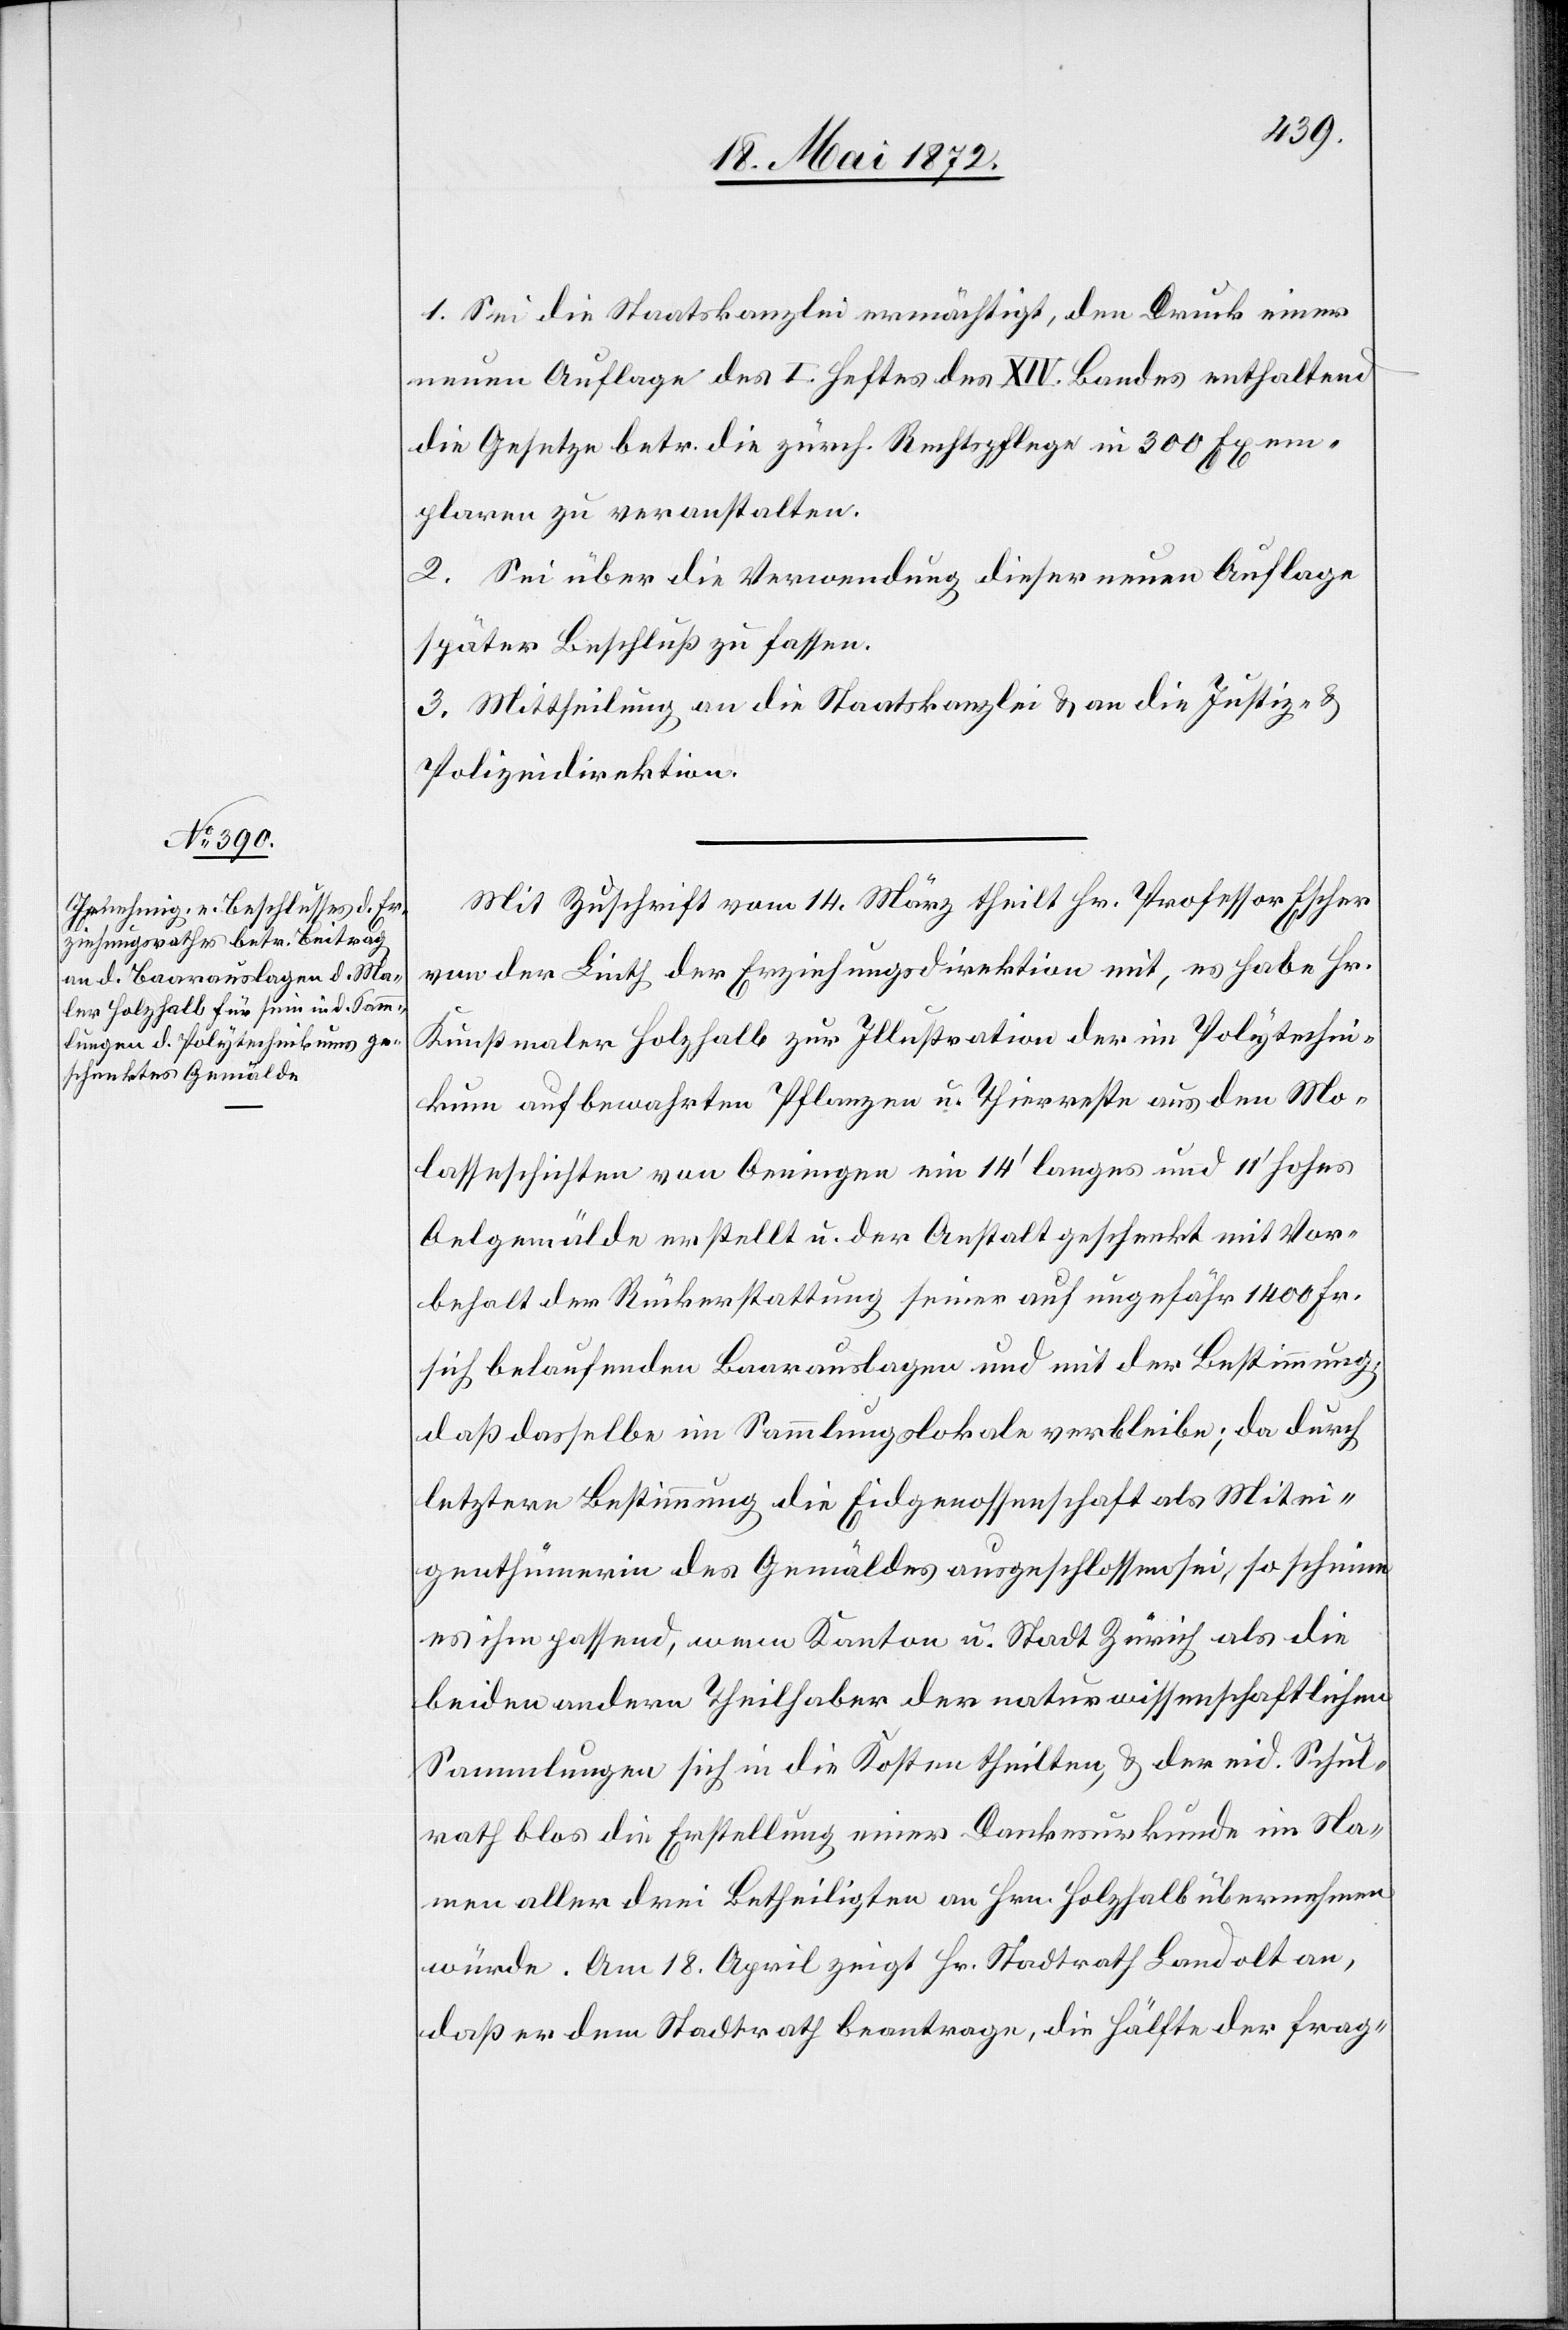
1. Sei die Staatskanzlei ermächtigt, den Druck einer
neuen Auflage des I. Heftes des XIV. Bandes enthaltend
die Gesetze betr. die zürch. Rechtspflege in 300 Exem¬
plaren zu veranstalten.
2. Sei über die Verwendung dieser neuen Auflage
später Beschluß zu fassen.
3. Mittheilung an die Staatskanzlei u. an die Justiz- u.
Polizeidirektion.
Mit Zuschrift vom 14. März theilt Hr. Professor Escher
von der Linth der Erziehungsdirektion mit, es habe Hr.
Kunstmaler Holzhalb zur Illustration der im Polytechni¬
kum aufbewahrten Pflanzen u. Thierreste aus den Mo¬
lasseschichten von Oeningen ein 14’ langes und 11’ hohes
Oelgemälde erstellt u. der Anstalt geschenkt mit Vor¬
behalt der Rückerstattung seiner auf ungefähr 1400 Fr.
sich belaufenden Baarauslagen und mit der Bestimmung,
daß dasselbe im Sammlungslokale verbleibe; da durch
letztere Bestimmung die Eidgenossenschaft als Mitei¬
genthümerin des Gemäldes ausgeschlossen sei, so scheine
es ihm passend, wenn Kanton u. Stadt Zürich als die
beiden andern Theilhaber der naturwissenschaftlichen
Sammlungen sich in die Kosten theilten [sic!], u. der eid. Schul¬
rath blos die Erstellung einer Dankesurkunde im Na¬
men aller drei Betheiligten an Hrn. Holzhalb übernehmen
würde. Am 18. April zeigt Hr. Stadtrath Landolt an,
daß er dem Stadtrath beantrage, die Hälfte der frag-